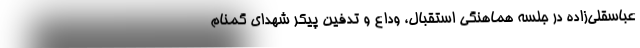
عباسقلی‌زاده در جلسه هماهنگی استقبال، وداع و تدفین پیکر شهدای گمنام